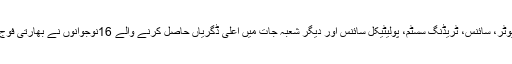
بی بی سی کے مطابق گزشتہ چند سالوں میں کمپیوٹر، سائنس، ٹریڈنگ سسٹم، پولیٹیکل سائنس اور دیگر شعبہ جات میں اعلیٰ ڈگریاں حاصل کرنے والے 16نوجوانوں نے بھارتی فوج کے خلاف لڑتے ہوئے اپنی جانیں قربان کی ہیں۔